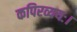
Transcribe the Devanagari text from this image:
कपिरव्ययः।